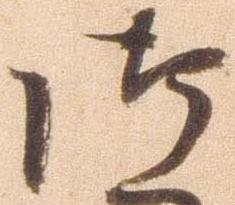
御